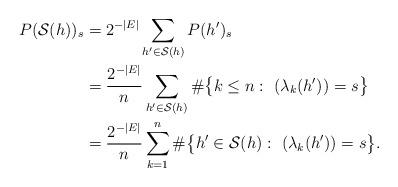
LaTeX: \begin{align*}P(\mathcal S(h))_s &= 2^{-|E|} \sum_{h' \in \mathcal S(h)} P(h')_s\\&= \frac{2^{-|E|}}{n} \sum_{h'\in \mathcal S(h)} \#\big\{ k\le n :\ (\lambda_k(h')) = s \big \} \\&= \frac{2^{-|E|}}{n} \sum_{k=1}^{n} \# \big\{ h' \in \mathcal S(h): \ (\lambda_k(h')) = s \big\} .\end{align*}